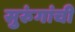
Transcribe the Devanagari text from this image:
सुरुंगांची